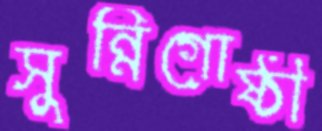
সুন্নিগোষ্ঠী